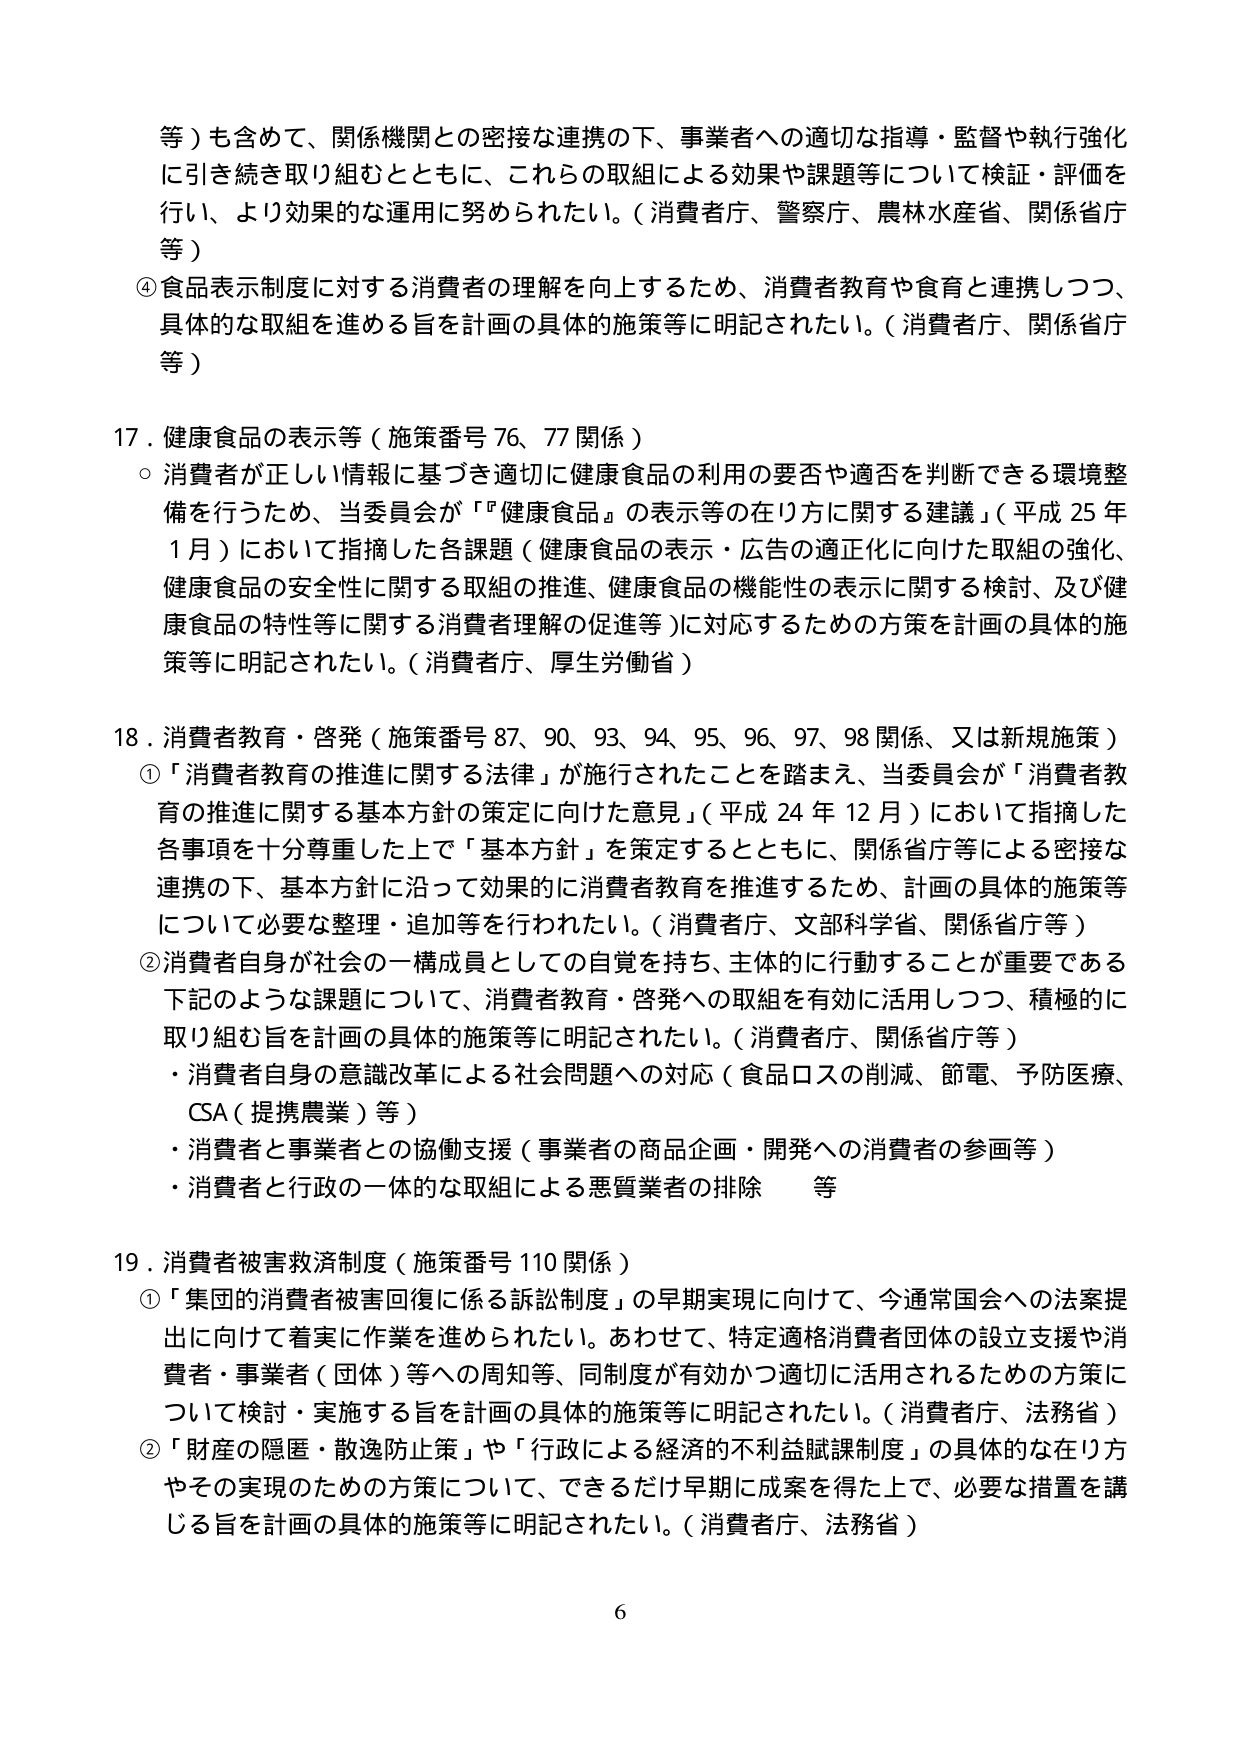
等）も含めて、関係機関との密接な連携の下、事業者への適切な指導・監督や執行強化に引き続き取り組むとともに、これらの取組による効果や課題等について検証・評価を行い、より効果的な運用に努められたい。（消費者庁、警察庁、農林水産省、関係省庁等）

④ 食品表示制度に対する消費者の理解を向上するため、消費者教育や食育と連携しつつ、具体的な取組を進める旨を計画の具体的施策等に明記されたい。（消費者庁、関係省庁等）

17．健康食品の表示等（施策番号 76、77 関係）
○ 消費者が正しい情報に基づき適切に健康食品の利用の要否や適否を判断できる環境整備を行うため、当委員会が「『健康食品』の表示等の在り方に関する建議」（平成 25 年 1 月）において指摘した各課題（健康食品の表示・広告の適正化に向けた取組の強化、健康食品の安全性に関する取組の推進、健康食品の機能性の表示に関する検討、及び健康食品の特性等に関する消費者理解の促進等）に対応するための方策を計画の具体的施策等に明記されたい。（消費者庁、厚生労働省）

18．消費者教育・啓発（施策番号 87、90、93、94、95、96、97、98 関係、又は新規施策）
① 「消費者教育の推進に関する法律」が施行されたことを踏まえ、当委員会が「消費者教育の推進に関する基本方針の策定に向けた意見」（平成 24 年 12 月）において指摘した各事項を十分尊重した上で「基本方針」を策定するとともに、関係省庁等による密接な連携の下、基本方針に沿って効果的に消費者教育を推進するため、計画の具体的施策等について必要な整理・追加等を行われたい。（消費者庁、文部科学省、関係省庁等）
② 消費者自身が社会の一構成員としての自覚を持ち、主体的に行動することが重要である下記のような課題について、消費者教育・啓発への取組を有効に活用しつつ、積極的に取り組む旨を計画の具体的施策等に明記されたい。（消費者庁、関係省庁等）
・消費者自身の意識改革による社会問題への対応（食品ロスの削減、節電、予防医療、CSA（提携農業）等）
・消費者と事業者との協働支援（事業者の商品企画・開発への消費者の参画等）
・消費者と行政の一体的な取組による悪質業者の排除　等

19．消費者被害救済制度（施策番号 110 関係）
① 「集団的消費者被害回復に係る訴訟制度」の早期実現に向けて、今通常国会への法案提出に向けて着実に作業を進められたい。あわせて、特定適格消費者団体の設立支援や消費者・事業者（団体）等への周知等、同制度が有効かつ適切に活用されるための方策について検討・実施する旨を計画の具体的施策等に明記されたい。（消費者庁、法務省）
② 「財産の隠匿・散逸防止策」や「行政による経済的不利益賦課制度」の具体的な在り方やその実現のための方策について、できるだけ早期に成果を得た上で、必要な措置を講じる旨を計画の具体的施策等に明記されたい。（消費者庁、法務省）

6